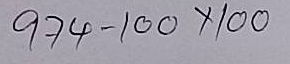
974 - 100 x 100